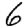
Digit: 6